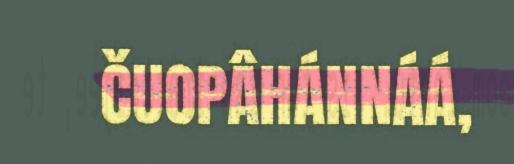
ČUOPÂHÁNNÁÁ,